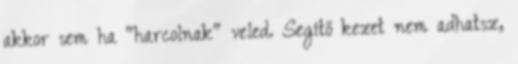
akkor sem ha "harcolnak" veled. Segítő kezet nem adhatsz,